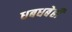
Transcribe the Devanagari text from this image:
धबधबेही